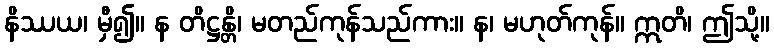
နိဿယ၊ မှီ၍။ န တိဋ္ဌန္တိ၊ မတည်ကုန်သည်ကား။ န၊ မဟုတ်ကုန်။ ဣတိ၊ ဤသို့။